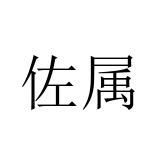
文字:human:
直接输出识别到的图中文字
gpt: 佐属